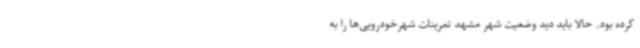
کرده بود. حالا باید دید وضعیت شهر مشهد تمرینات شهرخودرویی‌ها را به